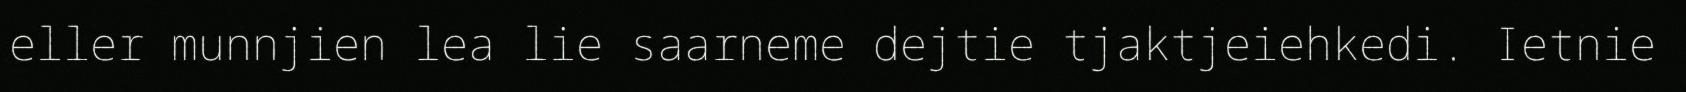
eller munnjien lea lie saarneme dejtie tjaktjeiehkedi. Ietnie